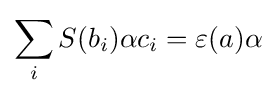
\sum _{i}S(b_{i})\alpha c_{i}=\varepsilon (a)\alpha